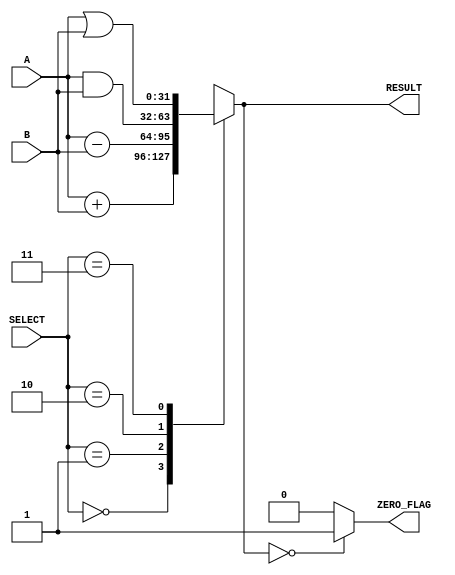
module parameterized_alu #(
    parameter DATA_WIDTH = 32,
    parameter OPERATION_SET = 4 // Number of operations
)(
    input  wire [DATA_WIDTH-1:0] A,        // Operand A
    input  wire [DATA_WIDTH-1:0] B,        // Operand B
    input  wire [$clog2(OPERATION_SET)-1:0] SELECT, // Operation select
    output reg  [DATA_WIDTH-1:0] RESULT,   // Result of the operation
    output wire ZERO_FLAG                  // Zero flag
);

// Define operation codes
localparam ADD     = 2'b00;
localparam SUB     = 2'b01;
localparam AND     = 2'b10;
localparam OR      = 2'b11;

always @(*) begin
    case (SELECT)
        ADD: RESULT = A + B;                // Addition
        SUB: RESULT = A - B;                // Subtraction
        AND: RESULT = A & B;                // Bitwise AND
        OR:  RESULT = A | B;                // Bitwise OR
        default: RESULT = {DATA_WIDTH{1'b0}}; // Default to zero
    endcase
end

// Zero flag logic
assign ZERO_FLAG = (RESULT == {DATA_WIDTH{1'b0}}) ? 1'b1 : 1'b0;

endmodule